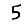
Digit: 5